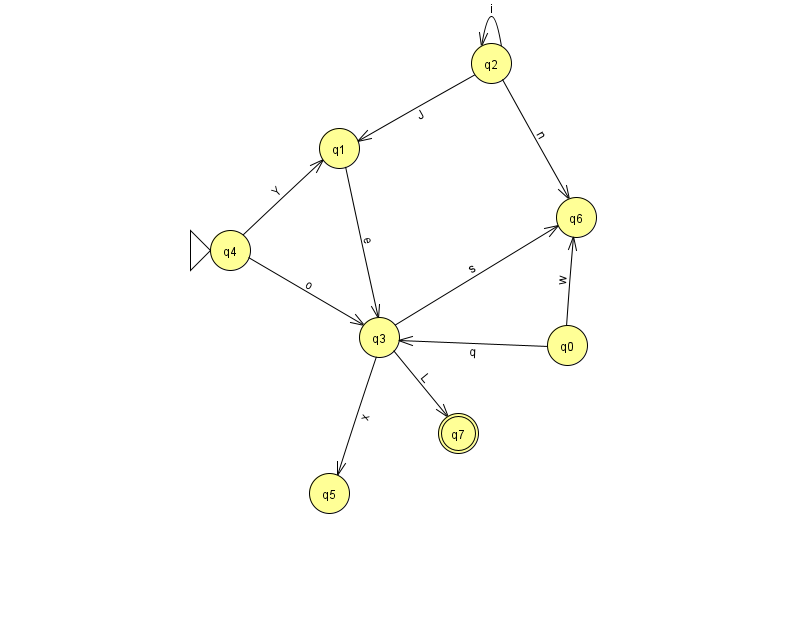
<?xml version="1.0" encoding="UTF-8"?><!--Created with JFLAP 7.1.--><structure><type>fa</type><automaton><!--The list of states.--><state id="0" name="q0"><x>567.0</x><y>332.0</y></state><state id="1" name="q1"><x>339.0</x><y>135.0</y></state><state id="2" name="q2"><x>491.0</x><y>50.0</y></state><state id="3" name="q3"><x>379.0</x><y>324.0</y></state><state id="4" name="q4"><x>230.0</x><y>237.0</y><initial/></state><state id="5" name="q5"><x>329.0</x><y>480.0</y></state><state id="6" name="q6"><x>576.0</x><y>204.0</y></state><state id="7" name="q7"><x>458.0</x><y>420.0</y><final/></state><!--The list of transitions.--><transition><from>4</from><to>1</to><read>Y</read></transition><transition><from>1</from><to>3</to><read>e</read></transition><transition><from>2</from><to>1</to><read>J</read></transition><transition><from>4</from><to>3</to><read>o</read></transition><transition><from>0</from><to>6</to><read>w</read></transition><transition><from>3</from><to>5</to><read>x</read></transition><transition><from>2</from><to>2</to><read>i</read></transition><transition><from>3</from><to>6</to><read>s</read></transition><transition><from>2</from><to>6</to><read>n</read></transition><transition><from>0</from><to>3</to><read>q</read></transition><transition><from>3</from><to>7</to><read>L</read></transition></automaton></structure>